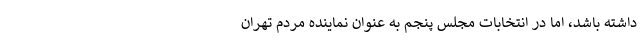
داشته باشد، اما در انتخابات مجلس پنجم به عنوان نماینده مردم تهران